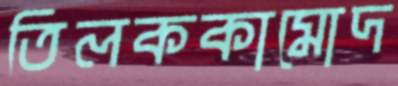
তিলককামোদ